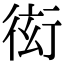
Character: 衒